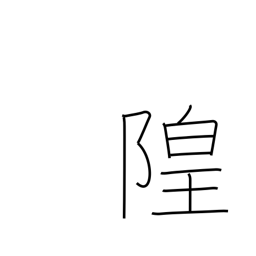
Meaning: dry moat